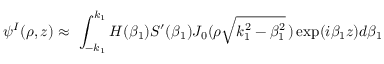
\psi ^ { I } ( \rho , z ) \approx \ \int _ { - k _ { 1 } } ^ { k _ { 1 } } H ( \beta _ { 1 } ) S ^ { \prime } ( \beta _ { 1 } ) J _ { 0 } ( \rho \sqrt { k _ { 1 } ^ { 2 } - \beta _ { 1 } ^ { 2 } } \, ) \exp ( i \beta _ { 1 } z ) d \beta _ { 1 }